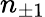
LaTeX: n_{\pm 1}